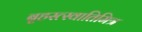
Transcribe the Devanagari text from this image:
बृहस्त्स्वातिमित्र